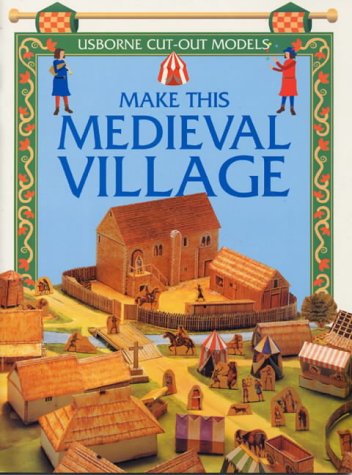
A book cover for Make This Medieval Village (Usborne Cut Outs); Iain Ashman; Teen & Young Adult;